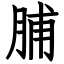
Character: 脯